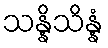
သန္နိသိန္နံ